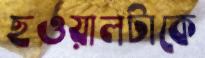
ছওয়ালটাকে